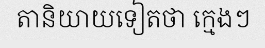
តានិយាយទៀតថា ក្មេងៗ